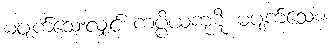
မပျက်သေးလျှင် ကပ္ပိယကုဋိ မပျက်သေး။